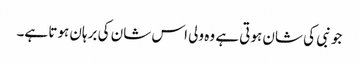
جو نبی کی شان ہوتی ہے وہ ولی اس شان کی برہان ہوتا ہے۔